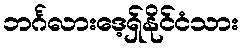
ဘင်္ဂလားဒေ့ရှ်နိုင်ငံသား